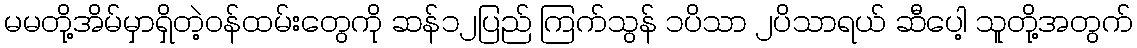
မမတို့အိမ်မှာရှိတဲ့ဝန်ထမ်းတွေကို ဆန်၁၂ပြည် ကြက်သွန် ၁ပိသာ ၂ပိသာရယ် ဆီပေါ့ သူတို့အတွက်